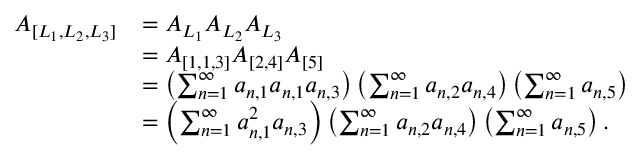
\begin{array} { r l } { A _ { [ L _ { 1 } , L _ { 2 } , L _ { 3 } ] } } & { = A _ { L _ { 1 } } A _ { L _ { 2 } } A _ { L _ { 3 } } } \\ & { = A _ { [ 1 , 1 , 3 ] } A _ { [ 2 , 4 ] } A _ { [ 5 ] } } \\ & { = \left( \sum _ { n = 1 } ^ { \infty } a _ { n , 1 } a _ { n , 1 } a _ { n , 3 } \right) \left( \sum _ { n = 1 } ^ { \infty } a _ { n , 2 } a _ { n , 4 } \right) \left( \sum _ { n = 1 } ^ { \infty } a _ { n , 5 } \right) } \\ & { = \left( \sum _ { n = 1 } ^ { \infty } a _ { n , 1 } ^ { 2 } a _ { n , 3 } \right) \left( \sum _ { n = 1 } ^ { \infty } a _ { n , 2 } a _ { n , 4 } \right) \left( \sum _ { n = 1 } ^ { \infty } a _ { n , 5 } \right) . } \end{array}